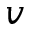
v